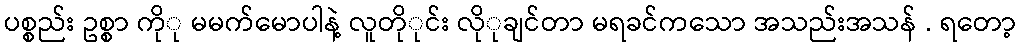
ပစ္စည်း ဥစ္စာ ကိုု မမက်မောပါနဲ့ လူတိုုင်း လိုုချင်တာ မရခင်ကသော အသည်းအသန် . ရတော့